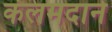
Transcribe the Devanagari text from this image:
कलमदाने